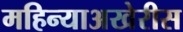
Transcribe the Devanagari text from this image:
महिन्याअखेरीस